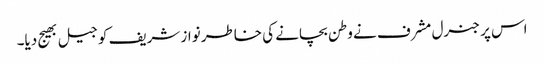
اس پر جنرل مشرف نے وطن بچانے کی خاطر نواز شریف کو جیل بھیج دیا۔